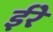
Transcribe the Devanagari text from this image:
ईरे